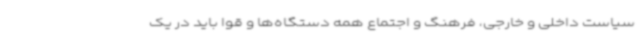
سیاست داخلی و خارجی، فرهنگ و اجتماع همه دستگاه‌ها و قوا باید در یک